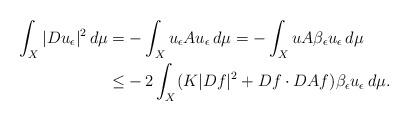
LaTeX: \begin{align*}\int_X |Du_\epsilon|^2 \,d\mu =&-\int_X u_\epsilon A u_\epsilon \,d\mu=-\int_X u A \beta_\epsilon u_\epsilon \,d\mu \\\leq& -2 \int_X (K|Df|^2+Df\cdot DAf) \beta_\epsilon u_\epsilon \,d\mu. \end{align*}